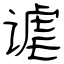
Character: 谑